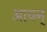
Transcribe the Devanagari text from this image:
आयन्